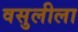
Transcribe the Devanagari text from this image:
वसुलीला